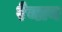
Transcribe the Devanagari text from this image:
रेव्लन